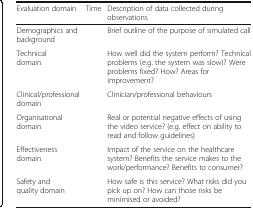
<table><thead><tr><td><b>Evaluation domain</b></td><td><b>Time</b></td><td><b>Description of data collected during observations</b></td></tr></thead><tbody><tr><td>Demographics and background</td><td></td><td>Brief outline of the purpose of simulated call</td></tr><tr><td>Technical domain</td><td></td><td>How well did the system perform? Technical problems (e.g. the system was slow)? Were problems fixed? How? Areas for improvement?</td></tr><tr><td>Clinical/professional domain</td><td></td><td>Clinician/professional behaviours</td></tr><tr><td>Organisational domain</td><td></td><td>Real or potential negative effects of using the video service? (e.g. effect on ability to read and follow guidelines)</td></tr><tr><td>Effectiveness domain</td><td></td><td>Impact of the service on the healthcare system? Benefits the service makes to the work/performance? Benefits to consumer?</td></tr><tr><td>Safety and quality domain</td><td></td><td>How safe is this service? What risks did you pick up on? How can those risks be minimised or avoided?</td></tr></tbody></table>